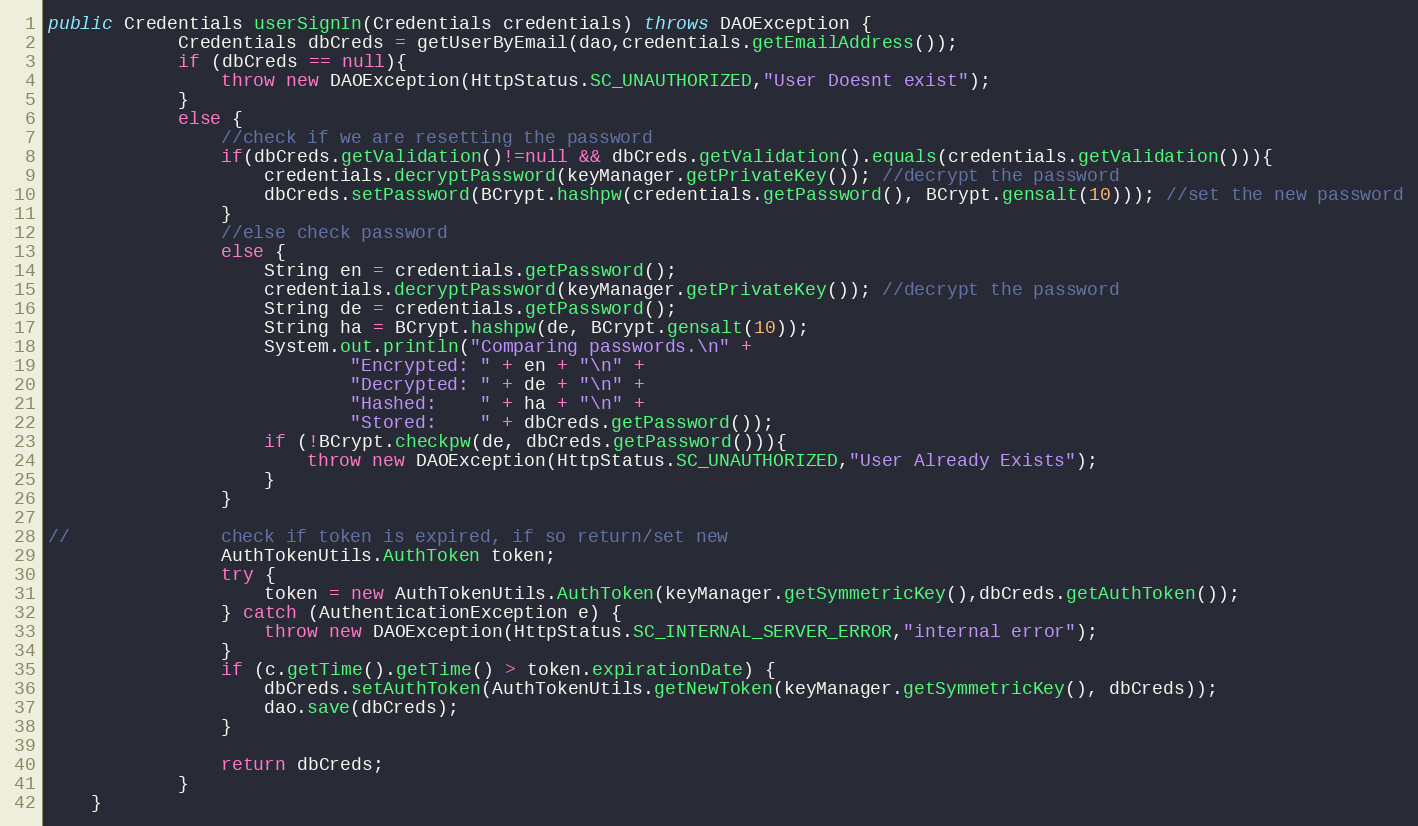
Language: Java
public Credentials userSignIn(Credentials credentials) throws DAOException {
            Credentials dbCreds = getUserByEmail(dao,credentials.getEmailAddress());
            if (dbCreds == null){
                throw new DAOException(HttpStatus.SC_UNAUTHORIZED,"User Doesnt exist");
            }
            else {
                //check if we are resetting the password
                if(dbCreds.getValidation()!=null && dbCreds.getValidation().equals(credentials.getValidation())){
                    credentials.decryptPassword(keyManager.getPrivateKey()); //decrypt the password
                    dbCreds.setPassword(BCrypt.hashpw(credentials.getPassword(), BCrypt.gensalt(10))); //set the new password
                }
                //else check password
                else {
                    String en = credentials.getPassword();
                    credentials.decryptPassword(keyManager.getPrivateKey()); //decrypt the password
                    String de = credentials.getPassword();
                    String ha = BCrypt.hashpw(de, BCrypt.gensalt(10));
                    System.out.println("Comparing passwords.\n" +
                            "Encrypted: " + en + "\n" +
                            "Decrypted: " + de + "\n" +
                            "Hashed:    " + ha + "\n" +
                            "Stored:    " + dbCreds.getPassword());
                    if (!BCrypt.checkpw(de, dbCreds.getPassword())){
                        throw new DAOException(HttpStatus.SC_UNAUTHORIZED,"User Already Exists");
                    }
                }

//              check if token is expired, if so return/set new
                AuthTokenUtils.AuthToken token;
                try {
                    token = new AuthTokenUtils.AuthToken(keyManager.getSymmetricKey(),dbCreds.getAuthToken());
                } catch (AuthenticationException e) {
                    throw new DAOException(HttpStatus.SC_INTERNAL_SERVER_ERROR,"internal error");
                }
                if (c.getTime().getTime() > token.expirationDate) {
                    dbCreds.setAuthToken(AuthTokenUtils.getNewToken(keyManager.getSymmetricKey(), dbCreds));
                    dao.save(dbCreds);
                }

                return dbCreds;
            }
    }